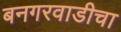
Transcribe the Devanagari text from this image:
बनगरवाडीचा